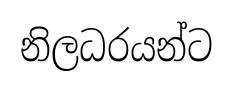
නිලධරයන්ට